Eesti_Vabariigi_Tartu_Ulikool, lk 2
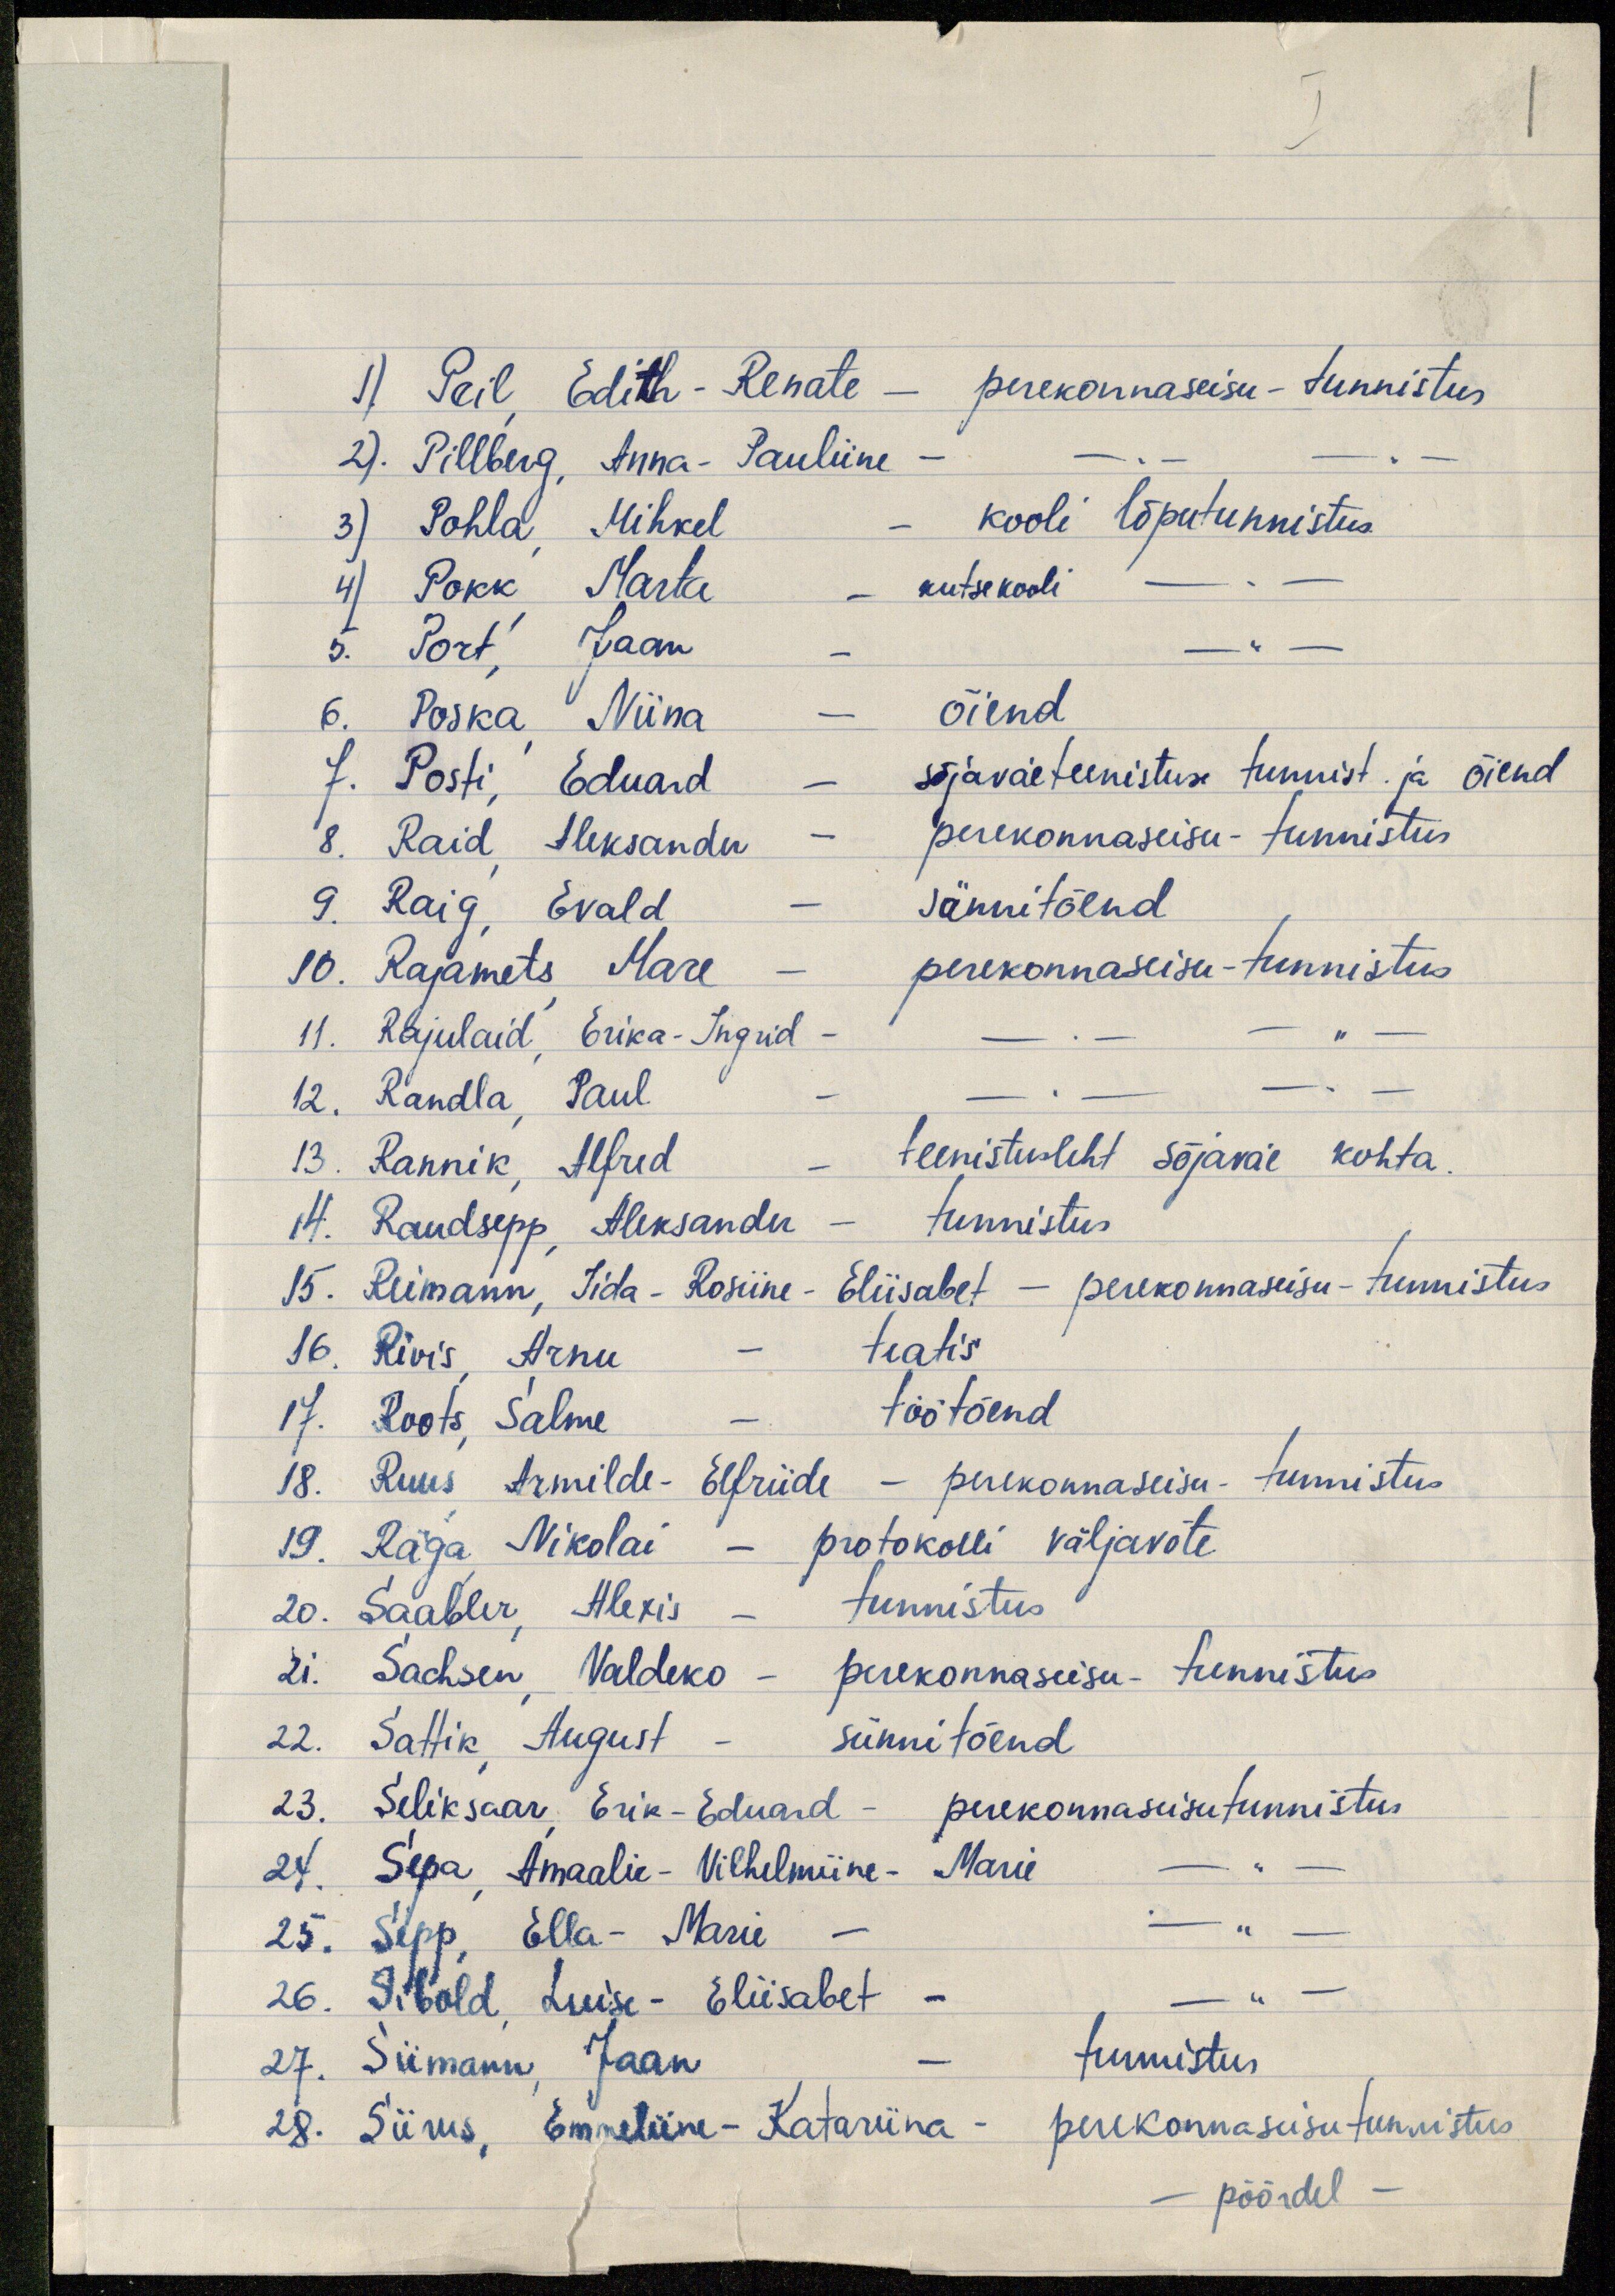
1) Peil Edith-Remate - perekonnaseisu - tunnistus
2). Pillberg, Anna-Pauliine -
3) Pohla, Mihkel - kooli lõputunnistus
4) Pokk Marta - kutsekooli -"-
5. Port, Jaan - -"-
6. Poska, Niina - õiend
7. Posti, Eduard - sõjaväeteenistuse tunnist. ja õiend
8. Raid, Aleksander - perekonnaseisu-tunnistus
9. Raig, Evald - Sünnitõend
10. Rajamets Mare - perekonnaseisu-tunnistus
11. Rajulaid, Erika-Ingrid - -"- -"-
12. Randla, Paul - -"- -"-
13. Rannik, Alfred - teenistusleht sõjaväe kohta.
14. Raudsepp Aleksander - tunnistus
15. Reimann, Iida-Rosiine-Eliisabet - perekonnaseisu-tunnistus
16. Rivis, Arnu - teatis
17. Roots, Salme - töötõend
18. Ruus, Armilde-Elfriide - perekonnaseisu- tunnistus
19. Räga Nikolai - protokolli väljavõte
20. Saabler, Alexis - tunnistus
21. Sachsen, Valdeko - perekonnaseisu- tunnistus
22. Sattik, August - sünnitõend
23. Seliksaar, Erik-Eduard - perekonnaseisutunnistus
24. Sepa, Amaalie-Vilhelmiine- Marie - -"-
25. Sepp, Ella-Marie - - " -
26. Sibold, Luise-Eliisabet - - " -
27. Siimann, Jaan - tunnistus
28. Siirus, Emmeliine - Katariina - perekonnaseisutunnistus
- pöördel -